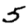
Digit: 5